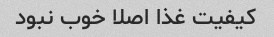
کیفیت غذا اصلا خوب نبود